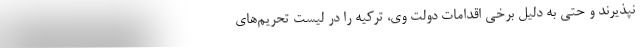
نپذیرند و حتی به دلیل برخی اقدامات دولت وی، ترکیه را در لیست تحریم­های